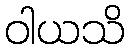
ဝါယသိ